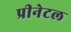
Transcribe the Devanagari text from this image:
प्रीनेटल